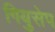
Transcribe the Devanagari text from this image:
गियुसेप